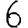
Digit: 6